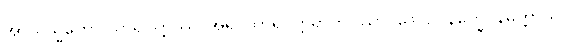
အာယသ္မတော သာရိပုတ္တဿ၊ အရှင်သာရိပုတ္တရာကို။ ယာဝဒေဝဥပနိက္ခေပနမတ္တာယ၊